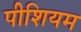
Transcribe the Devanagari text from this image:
पीशियम